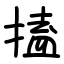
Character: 搕